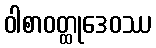
ဝါစာဝတ္ထုဒေဝဿ